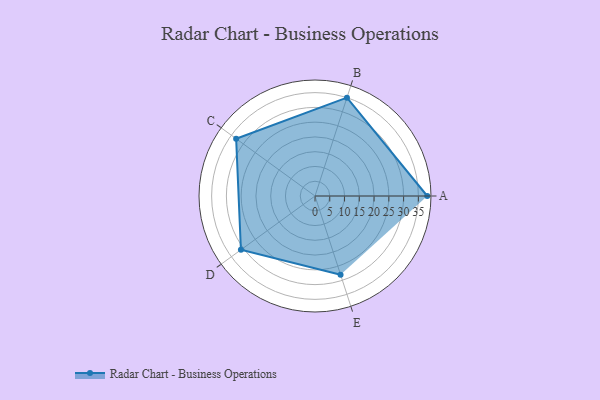
{"axis": {"x": "Skill", "y": "Score"}, "legend": ["Profile"], "data": [{"x": "A", "y": 38.0, "type": "Profile"}, {"x": "B", "y": 35.0, "type": "Profile"}, {"x": "C", "y": 33.0, "type": "Profile"}, {"x": "D", "y": 31.0, "type": "Profile"}, {"x": "E", "y": 28.0, "type": "Profile"}]}